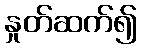
နှုတ်ဆက်၍